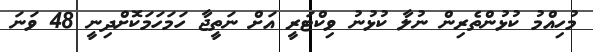
މުހިއްމު ކުޅުންތެރިން ނުލާ ކުޅުނު ވިކްޓަރީ އަށް ނަތީޖާ ހަމަހަމަކޮށްދިނީ 48 ވަނަ